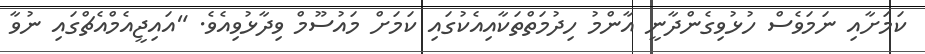
ކަމަށާއި ނަމަވެސް ހުޅުވިގެންދާނީ އާންމު ހިދުމަތްތަކާއިއެކުގައި ކަމަށް މައުސޫމް ވިދާޅުވިއެވެ. "އައިޖީއެމްއެޗްގައި ނުވާ